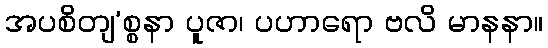
အပစိတျ’စ္စနာ ပူဇာ၊ ပဟာရော ဗလိ မာနနာ။